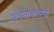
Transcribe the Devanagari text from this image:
अंधताकारक